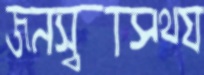
জনস্বাস্থ্য